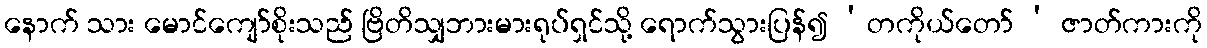
နောက် သား မောင်ကျော်စိုးသည် ဗြိတိသျှဘားမားရုပ်ရှင်သို့ ရောက်သွားပြန်၍ ‘တကိုယ်တော် ’ ဇာတ်ကားကို